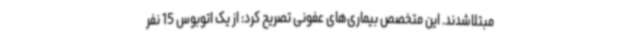
مبتلاشدند. این متخصص بیماری‌های عفونی تصریح کرد: از یک اتوبوس 15 نفر